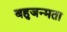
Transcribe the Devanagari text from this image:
बहुजन्मता